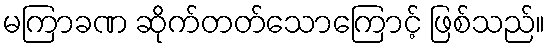
မကြာခဏ ဆိုက်တတ်သောကြောင့် ဖြစ်သည်။